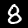
Label: 8